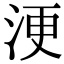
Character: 浭